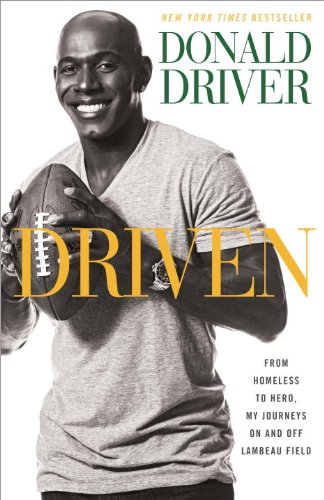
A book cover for Driven: From Homeless to Hero, My Journeys On and Off Lambeau Field; Donald Driver; Biographies & Memoirs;